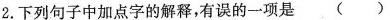
2.下列句子中加点字的解释，有误的一项是()